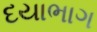
દયાભાગ